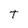
Character: t